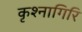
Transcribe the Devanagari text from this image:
कृश्नागिरि